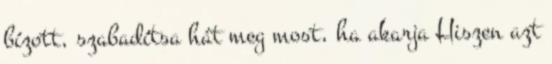
bízott, szabadítsa hát meg most, ha akarja Hiszen azt